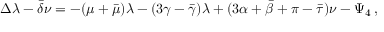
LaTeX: \Delta \lambda - { \bar { \delta } } \nu = - ( \mu + { \bar { \mu } } ) \lambda - ( 3 \gamma - { \bar { \gamma } } ) \lambda + ( 3 \alpha + { \bar { \beta } } + \pi - { \bar { \tau } } ) \nu - \Psi _ { 4 } \, ,